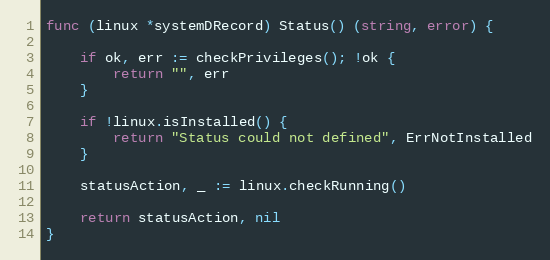
Language: Go
func (linux *systemDRecord) Status() (string, error) {

	if ok, err := checkPrivileges(); !ok {
		return "", err
	}

	if !linux.isInstalled() {
		return "Status could not defined", ErrNotInstalled
	}

	statusAction, _ := linux.checkRunning()

	return statusAction, nil
}